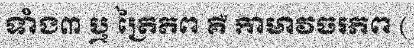
ទាំង៣ ឬ ត្រៃភព គឺ កាមាវចរភព (